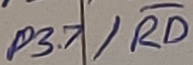
Text: P3.7/RD